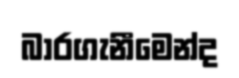
බාරගැනීමෙන්ද